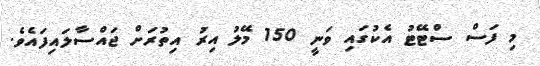
މި ފަސް ސްޓޭޓު އެކުގައި ވަނީ 150 މޭލު އިރު އިތުރަށް ޖައްސާލައިފައެވެ.